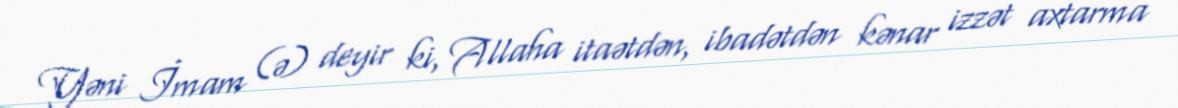
Yəni İmam (ə) deyir ki, Allaha itaətdən, ibadətdən kənar izzət axtarma